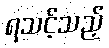
ရသင့်သည့်